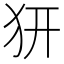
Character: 𤜵